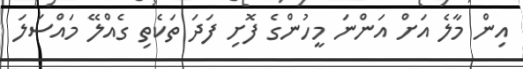
އިން މާލެ އަށް އަންނަ މީހުންގެ ފޮށި ފަދަ ތަކެތި ގެއްލޭ މައްސަލަ